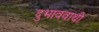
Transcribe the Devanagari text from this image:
दुभाववाथी